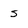
Character: S